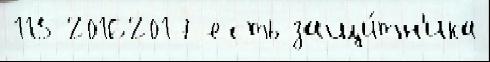
115 20162017 есть защи́тн'ика